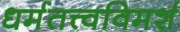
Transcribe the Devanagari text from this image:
धर्मतत्त्वविमर्श